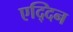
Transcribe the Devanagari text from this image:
एद्दिन